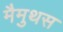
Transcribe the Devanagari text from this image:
मैमुथस